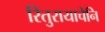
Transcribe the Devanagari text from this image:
रितुरायाचेनि